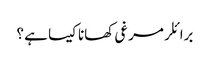
برائلر مرغی کھانا کیسا ہے ؟